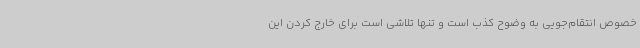
خصوص انتقام‌جویی به وضوح کذب است و تنها تلاشی است برای خارج کردن این